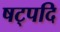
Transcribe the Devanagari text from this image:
षट्पदि